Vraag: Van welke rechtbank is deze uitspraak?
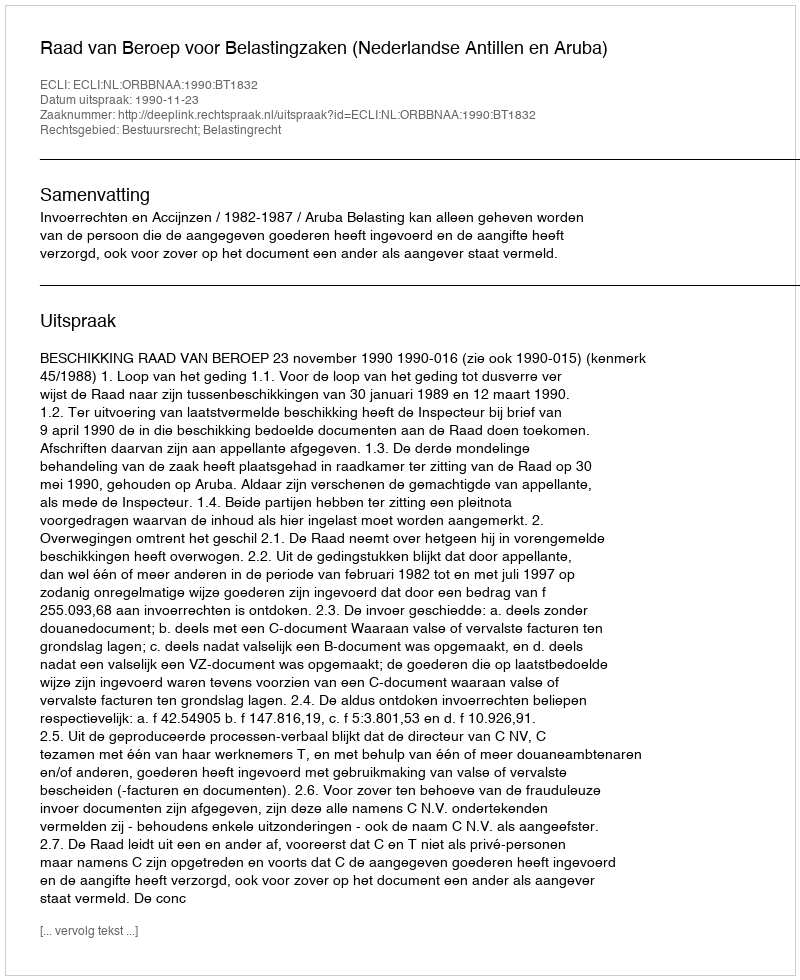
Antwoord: Raad van Beroep voor Belastingzaken (Nederlandse Antillen en Aruba)